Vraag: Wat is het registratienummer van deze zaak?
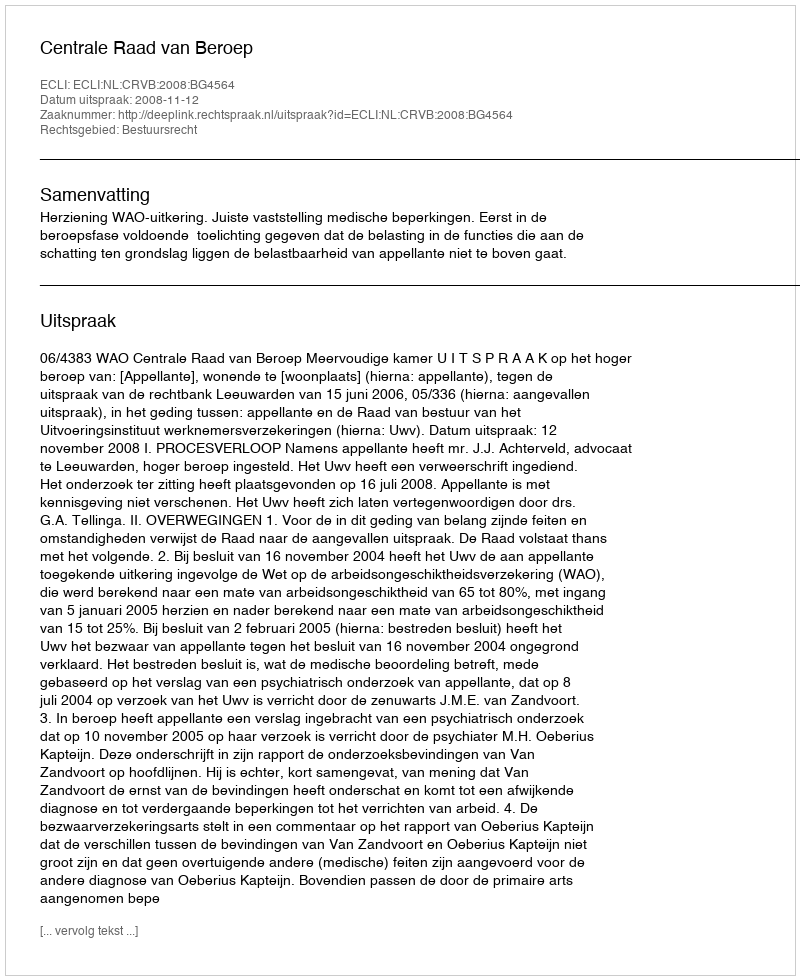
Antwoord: http://deeplink.rechtspraak.nl/uitspraak?id=ECLI:NL:CRVB:2008:BG4564